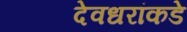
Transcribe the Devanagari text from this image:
देवधरांकडे